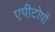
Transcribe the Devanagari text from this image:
एपीटोपों